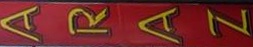
ARAZ